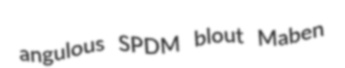
angulous SPDM blout Maben